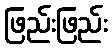
ဖြည်းဖြည်း